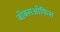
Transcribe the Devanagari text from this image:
बॉक्सऑफिस